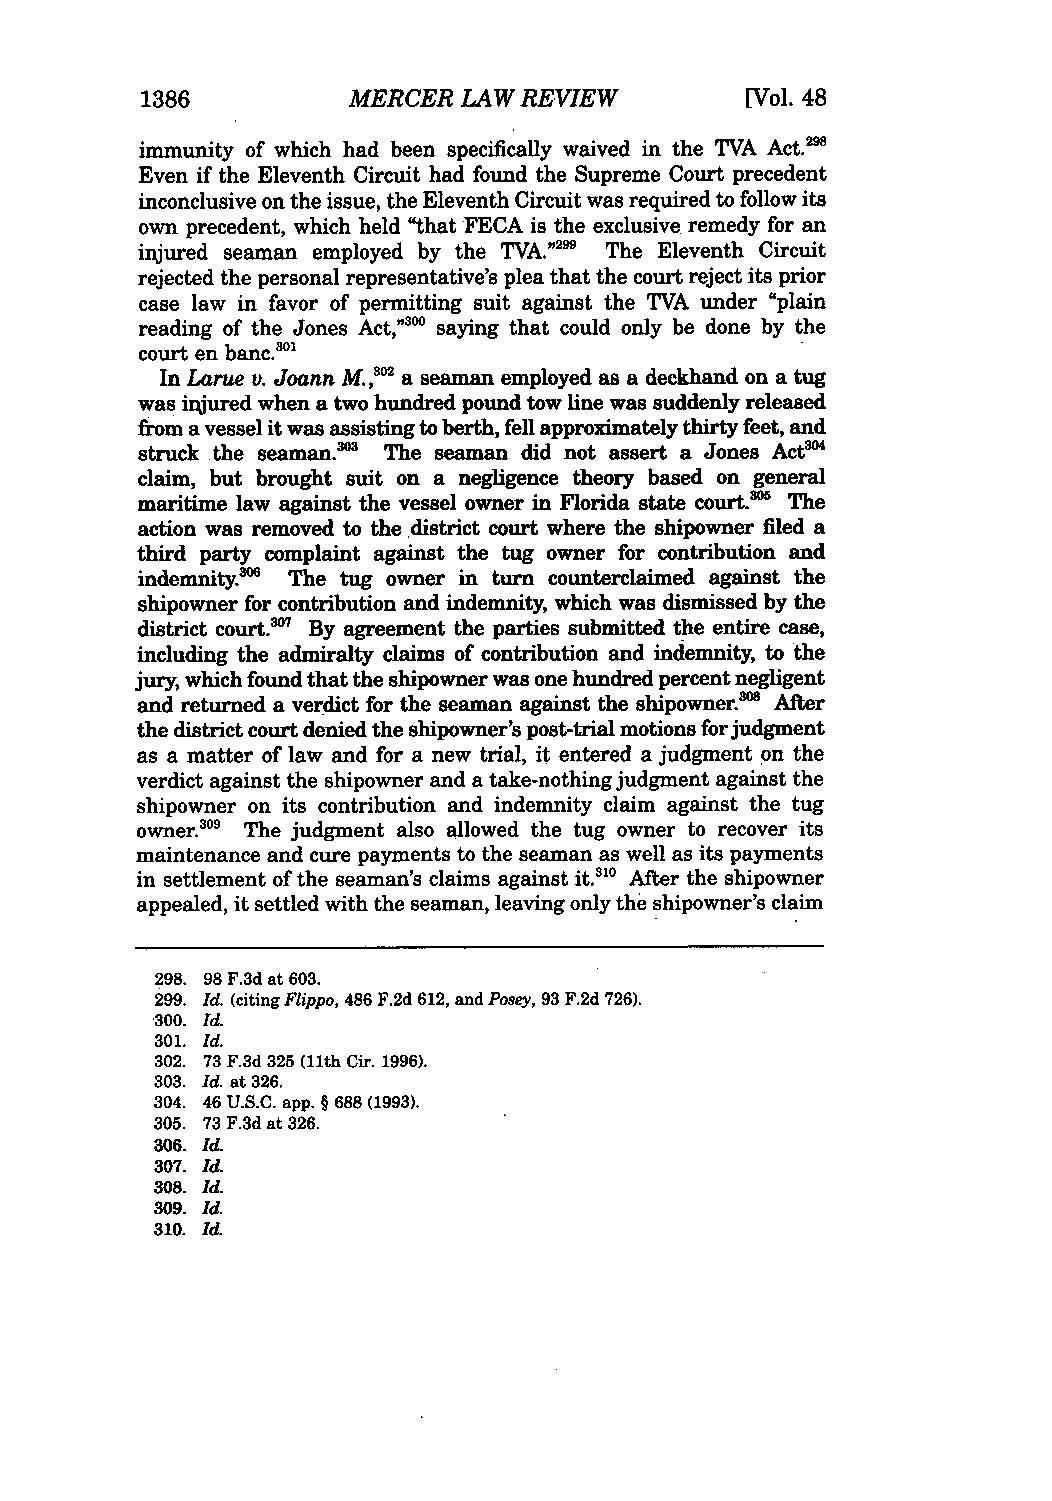
1386          MERCER LAW REVIEW         [Vol. 48
 immunity of which had been specifically waived in the TVA Act.'
 Even if the Eleventh Circuit had found the Supreme Court precedent
 inconclusive on the issue, the Eleventh Circuit was required to follow its
 own precedent, which held "that FECA is the exclusive remedy for an
 injured seaman employed by the TVA.' 9 The Eleventh Circuit
 rejected the personal representative's plea that the court reject its prior
 case law in favor of permitting suit against the TVA under "plain
 reading of the Jones Act,' ° saying that could only be done by the
 court en banc. °
 In Larue v. Joann M.," a seaman employed as a deckhand on a tug
 was injured when a two hundred pound tow line was suddenly released
 from a vessel it was assisting to berth, fell approximately thirty feet, and
 struck the seaman."'3 The seaman did not assert a Jones Act"
 claim, but brought suit on a negligence theory based on general
 maritime law against the vessel owner in Florida state court.' The
 action was removed to the district court where the shipowner filed a
 third party complaint against the tug owner for contribution and
 indemnity.' The tug owner in turn counterclaimed against the
 shipowner for contribution and indemnity, which was dismissed by the
 district court.' By agreement the parties submitted the entire case,
 including the admiralty claims of contribution and indemnity, to the
 jury, which found that the shipowner was one hundred percent negligent
 and returned a verdict for the seaman against the shipowner.-" After
 the district court denied the shipowner's post-trial motions for judgment
 as a matter of law and for a new trial, it entered a judgment on the
 verdict against the shipowner and a take-nothing judgment against the
 shipowner on its contribution and indemnity claim against the tug
 owner.' The judgment also allowed the tug owner to recover its
 maintenance and cure payments to the seaman as well as its payments
 in settlement of the seaman's claims against it.31 After the shipowner
 appealed, it settled with the seaman, leaving only the shipowner's claim
 298. 98 F.3d at 603.
 299. Id. (citing Flippo, 486 F.2d 612, and Posey, 93 F.2d 726).
 1300. Id.
 301. Id.
 302. 73 F.3d 325 (11th Cir. 1996).
 303. Id. at 326.
 304. 46 U.S.C. app. § 688 (1993).
 305. 73 F.3d at 326.
 306. Id.
 307. Id.
 308. Id.
 309. Id.
 310. Id.